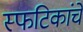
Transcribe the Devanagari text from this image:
स्फटिकांचे